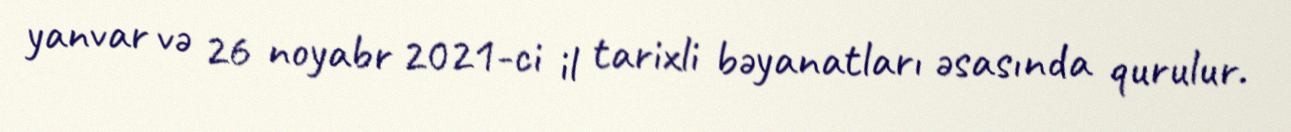
yanvar və 26 noyabr 2021-ci il tarixli bəyanatları əsasında qurulur.